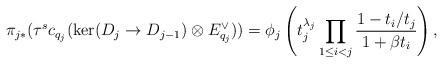
LaTeX: \begin{align*}\pi_{j*}(\tau^sc_{q_j}(\ker(D_j \to D_{j-1}) \otimes E_{q_j}^{\vee})) = \phi_j\left(t_j^{\lambda_j} \prod_{1\leq i< j} \frac{1 - t_i/t_j}{1+\beta t_i} \right),\end{align*}